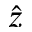
\hat { z }